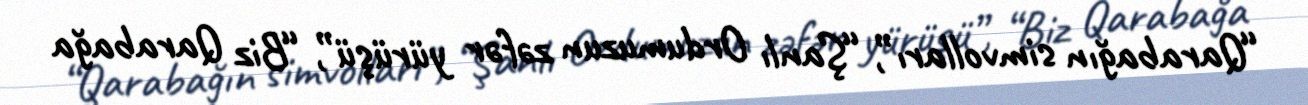
“Qarabağın simvolları”, “Şanlı Ordumuzun zəfər yürüşü”, “Biz Qarabağa